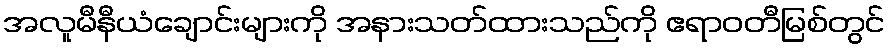
အလူမီနီယံချောင်းများကို အနားသတ်ထားသည်ကို ဧရာဝတီမြစ်တွင်